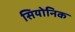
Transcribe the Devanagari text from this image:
सियोनिक